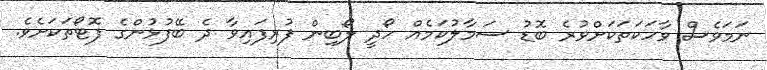
ނަމަވެސް ވާހަކަތަކަށްވުރެ ބޮޑު ސަމާލުކަމެއް ހޯދީ ލޯބިން ފުރިފައިވާ ދެ ބޭފުޅުންގެ ފޮޓޯތަކަށެވެ.